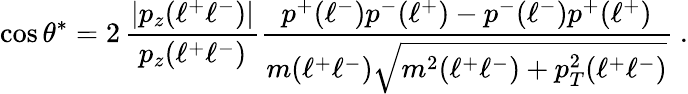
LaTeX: \cos\theta^{*}=2\, {\frac{|p_{z}(\ell^{+}\ell^{-})|}{p_{z}(\ell^{+}\ell^{-})}}{\frac{p^{+}(\ell^{-})p^{-}(\ell^{+})-p^{-}(\ell^{-})p^{+}(\ell^{+})}{m(\ell^{+}\ell^{-})\sqrt{m^{2}(\ell^{+}\ell^{-})+p_{T}^{2}(\ell^{+}\ell^{-})}}}~.